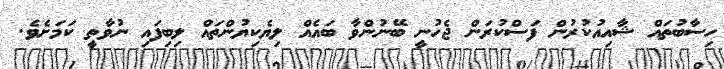
ހިސާބުތައް ޝާއިއުކުރުން ފަސްކުރަން ޖެހުނީ ބޭނުންވާ ބައެއް ލިޔެކިޔުންތައް ލިބިފައި ނުވާތީ ކަމަށެވެ.